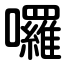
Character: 囉